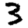
Digit: 3